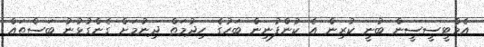
އެމްޓީސީސީން ބުނީ ކުރިން އެ ކުންފުނިން ބަހުގެ ހިދުމަތް ދިނުމަށް ގެންގުޅުނު ބަސްތައް